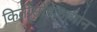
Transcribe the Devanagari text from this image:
किर्तीसोहळामान